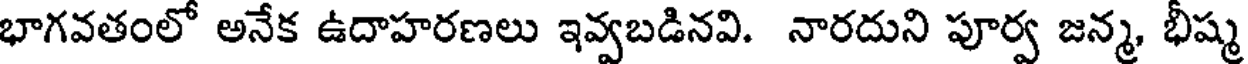
భాగవతంలో అనేక ఉదాహరణలు ఇవ్వబడినవి. నారదుని పూర్వ జన్మ, భీష్మ